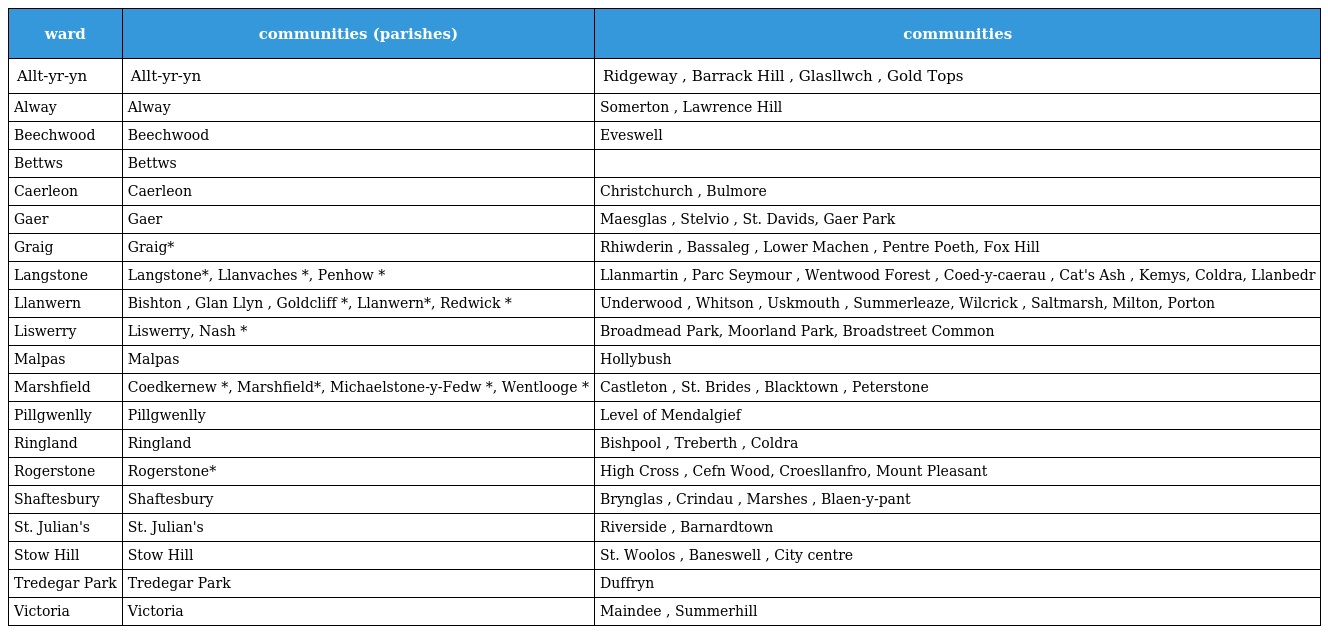
| ward | communities (parishes) | communities |
 | --- | --- | --- |
 | Allt-yr-yn | Allt-yr-yn | Ridgeway , Barrack Hill , Glasllwch , Gold Tops |
 | Alway | Alway | Somerton , Lawrence Hill |
 | Beechwood | Beechwood | Eveswell |
 | Bettws | Bettws |  |
 | Caerleon | Caerleon | Christchurch , Bulmore |
 | Gaer | Gaer | Maesglas , Stelvio , St. Davids, Gaer Park |
 | Graig | Graig* | Rhiwderin , Bassaleg , Lower Machen , Pentre Poeth, Fox Hill |
 | Langstone | Langstone*, Llanvaches *, Penhow * | Llanmartin , Parc Seymour , Wentwood Forest , Coed-y-caerau , Cat's Ash , Kemys, Coldra, Llanbedr |
 | Llanwern | Bishton , Glan Llyn , Goldcliff *, Llanwern*, Redwick * | Underwood , Whitson , Uskmouth , Summerleaze, Wilcrick , Saltmarsh, Milton, Porton |
 | Liswerry | Liswerry, Nash * | Broadmead Park, Moorland Park, Broadstreet Common |
 | Malpas | Malpas | Hollybush |
 | Marshfield | Coedkernew *, Marshfield*, Michaelstone-y-Fedw *, Wentlooge * | Castleton , St. Brides , Blacktown , Peterstone |
 | Pillgwenlly | Pillgwenlly | Level of Mendalgief |
 | Ringland | Ringland | Bishpool , Treberth , Coldra |
 | Rogerstone | Rogerstone* | High Cross , Cefn Wood, Croesllanfro, Mount Pleasant |
 | Shaftesbury | Shaftesbury | Brynglas , Crindau , Marshes , Blaen-y-pant |
 | St. Julian's | St. Julian's | Riverside , Barnardtown |
 | Stow Hill | Stow Hill | St. Woolos , Baneswell , City centre |
 | Tredegar Park | Tredegar Park | Duffryn |
 | Victoria | Victoria | Maindee , Summerhill |